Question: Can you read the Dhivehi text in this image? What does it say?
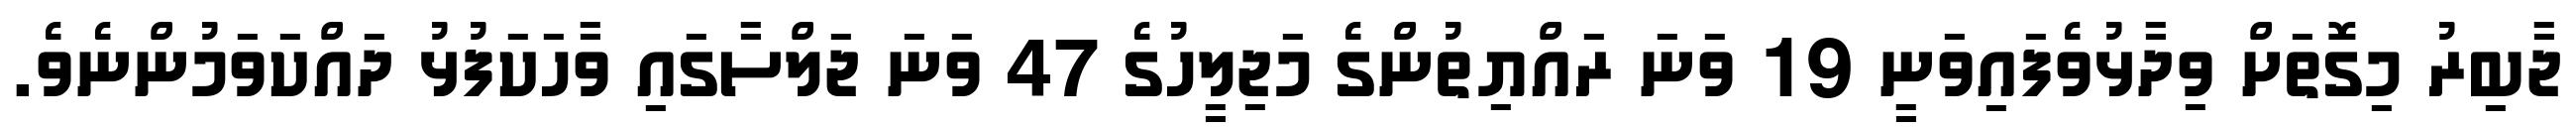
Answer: ޖާބިރު މިގޮތަށް ވިދާޅުވެފައިވަނީ 19 ވަނަ ރައްޔިތުންގެ މަޖިލީހުގެ 47 ވަނަ ޖަލްސާގައި ވާހަކަފުޅު ދައްކަވަމުންނެވެ.